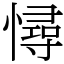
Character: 憳